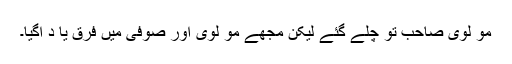
مو لوی صاحب تو چلے گئے لیکن مجھے مو لوی اور صوفی میں فرق یا د آگیا۔